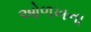
ઓળખના